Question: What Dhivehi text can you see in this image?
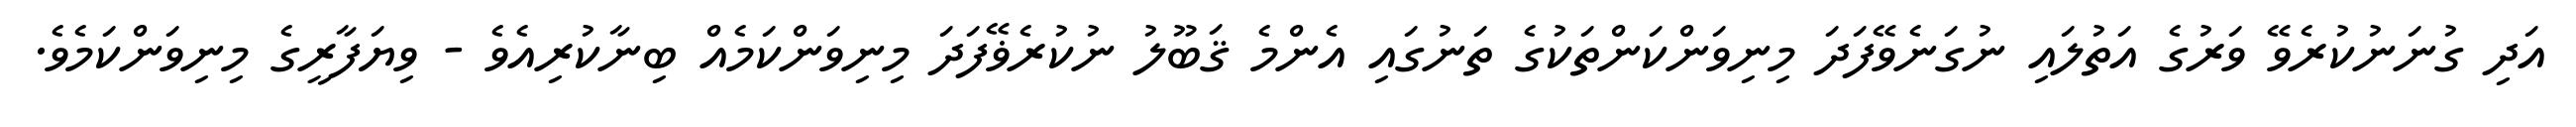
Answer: އަދި ގުނަނުކުރެވޭ ވަރުގެ އަތުލައި ނުގަނެވޭފަދަ މިނިވަންކަންތަކުގެ ތަނުގައި އެންމެ ޤަބޫލު ނުކުރެޥޭފަދަ މިނިވަންކަމެއް ބިނާކުރިއެވެ - ވިޔަފާރީގެ މިނިވަންކަމެވެ.